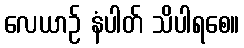
လေယာဉ် နံပါတ် သိပါရစေ။